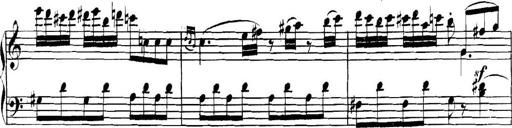
Title: Collected Piano Sonatas
Composer: Muzio Clementi